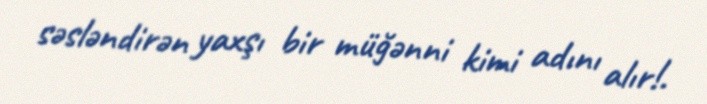
səsləndirən yaxşı bir müğənni kimi adını alır!.